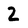
Character: 2